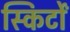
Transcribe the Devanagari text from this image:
स्किर्टों